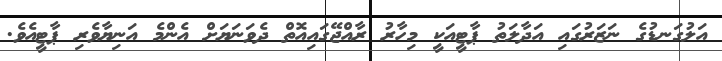
އަލުގަނޑުގެ ނަޒަރުގައި އަދާލަތު ޕާޓީއަކީ މިހާރު ރާއްޖޭގައިއޮތް ދެވަނަޔަށް އެންމެ އަނިޔާވެރި ޕާޓީއެވެ.